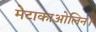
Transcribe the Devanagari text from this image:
मेटाकाओलिन।